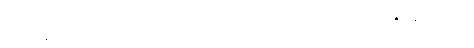
သံသရန္တီ၊ ကျင်လည်သည် ရှိသော်။ အမှာကံ၊ ငါတို့၏။ သတ္ထု၊ မြတ်စွာဘုရား၏။ နိဗ္ဗတ္တိတော၊